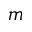
m